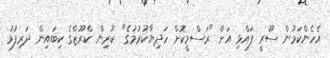
އެހެންކަމުން ސޫރީ ފައްޅި އަށް "ރަސްމީކޮށް ހަދިޔާކުރުމުގެ" ކުރިން ކްރޫޒްގެ ކިބައިން ދަރިފުޅު